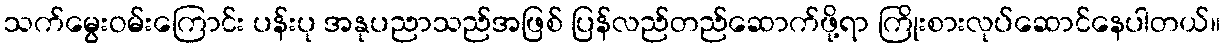
သက်မွေးဝမ်းကြောင်း ပန်းပု အနုပညာသည်အဖြစ် ပြန်လည်တည်ဆောက်ဖို့ရာ ကြိုးစားလုပ်ဆောင်နေပါတယ်။